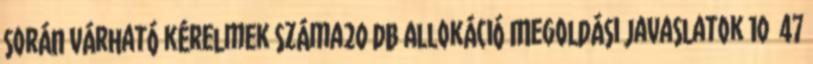
során várható kérelmek száma20 db Allokáció Megoldási javaslatok 10 47